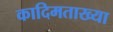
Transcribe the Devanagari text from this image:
कादिमताख्या